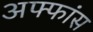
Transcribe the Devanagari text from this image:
अफ्फांस